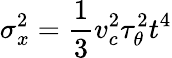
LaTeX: \sigma_{x}^{2}=\frac{1}{3}v_{c}^{2}\tau_{\theta}^{2}t^{4}